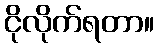
ငိုလိုက်ရတာ။